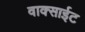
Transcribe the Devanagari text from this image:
वाक्साईट